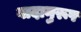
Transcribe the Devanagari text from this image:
वादानुरूप